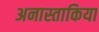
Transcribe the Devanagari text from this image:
अनास्ताकिया